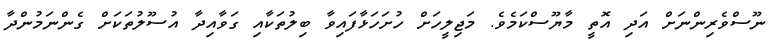
ނޫސްވެރިންނަށް އަދި އޮތީ މާޔޫސްކަމެވެ. މަޖިލީހަށް ހުށަހަޅާފައިވާ ބިލުތަކާއި ގަވާއިދާ އުސޫލުތަކަށް ގެންނަމުންދާ